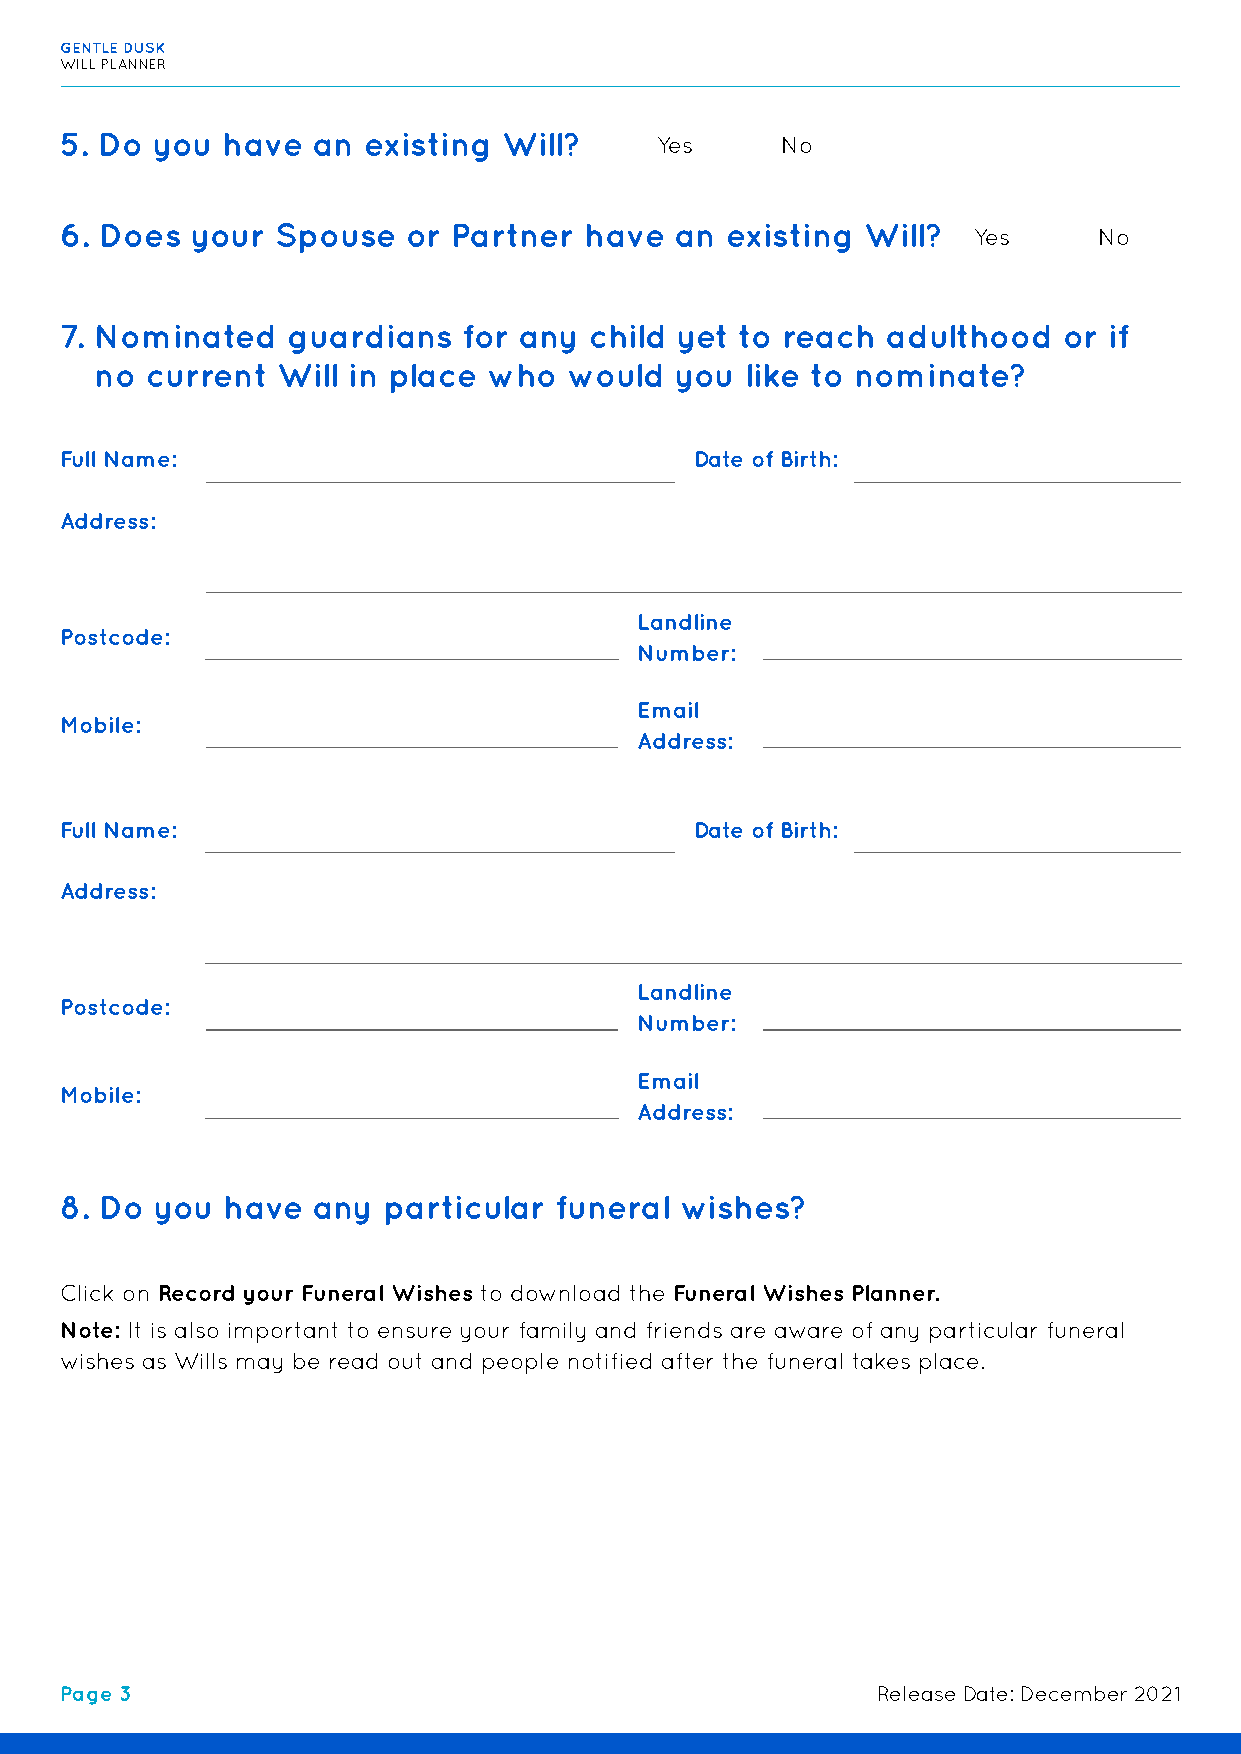
GENTLE DUSK
 WILL PLANNER
 5. Do you  have  an existing Will?     Yes      No
 6. Does  your Spouse   or Partner  have  an existing Will?
 Yes      No
 7. Nominated   guardians   for any child yet to reach  adulthood  or if
 no  current Will in place who   would  you like to nominate?
 Full Name:                                Date of Birth:
 Address:
 Landline
 Postcode:
 Number:
 Email
 Mobile:
 Address:
 Full Name:                                Date of Birth:
 Address:
 Landline
 Postcode:
 Number:
 Email
 Mobile:
 Address:
 8. Do you  have  any particular  funeral wishes?
 Click on Record your Funeral Wishes to download the Funeral Wishes Planner.
 Note: It is also important to ensure your family and friends are aware of any particular funeral
 wishes as Wills may be read out and people notified after the funeral takes place.
 Page 3                                                Release Date: December 2021